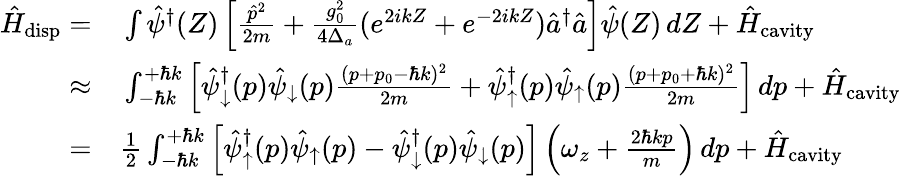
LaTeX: \begin{array}{rl}{\hat{H}_{\mathrm{disp}}=}&{{}\int\hat{\psi}^{\dagger}(Z)\left[\frac{\hat{p}^{2}}{2m}+\frac{g_{0}^{2}}{4\Delta_{a}}(e^{2ikZ}+e^{-2ikZ})\hat{a}^{\dagger}\hat{a}\right]\hat{\psi}(Z)\, dZ+\hat{H}_{\mathrm{cavity}}}\\ {\approx}&{{}\int_{-\hbar k}^{+\hbar k}\left[\hat{\psi}_{\downarrow}^{\dagger}(p)\hat{\psi}_{\downarrow}(p)\frac{(p+p_{0}-\hbar k)^{2}}{2m}+\hat{\psi}_{\uparrow}^{\dagger}(p)\hat{\psi}_{\uparrow}(p)\frac{(p+p_{0}+\hbar k)^{2}}{2m}\right]\, dp+\hat{H}_{\mathrm{cavity}}}\\ {=}&{{}\frac{1}{2}\int_{-\hbar k}^{+\hbar k}\left[\hat{\psi}_{\uparrow}^{\dagger}(p)\hat{\psi}_{\uparrow}(p)-\hat{\psi}_{\downarrow}^{\dagger}(p)\hat{\psi}_{\downarrow}(p)\right]\left(\omega_{z}+\frac{2\hbar kp}{m}\right)\, dp+\hat{H}_{\mathrm{cavity}}}\end{array}